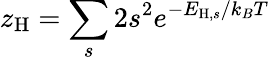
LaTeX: z_{\mathrm{H}}=\sum_{s}2s^{2}e^{-E_{\mathrm{H},s}/k_{B}T}